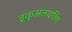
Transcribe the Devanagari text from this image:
इकुअलाइज़िंग